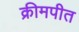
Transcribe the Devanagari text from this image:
क्रीमपीत